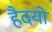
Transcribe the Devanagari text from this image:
हैदयों